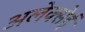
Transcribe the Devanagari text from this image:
अलेक्सेई